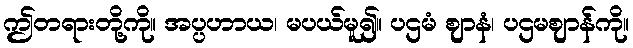
ဤတရားတို့ကို။ အပ္ပဟာယ၊ မပယ်မူ၍။ ပဌမံ ဈာနံ၊ ပဌမဈာန်ကို။